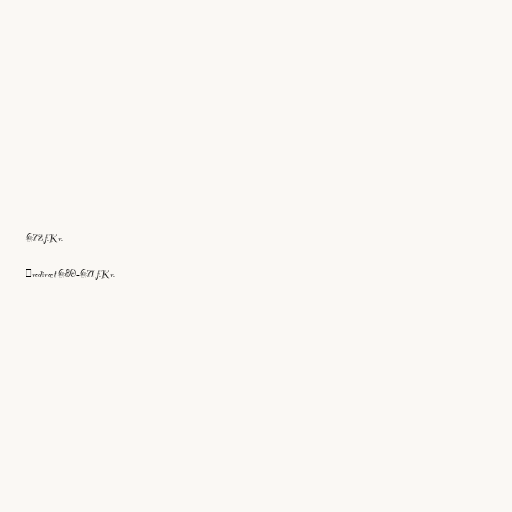
672 f.Kr.

#redirect 680–671 f.Kr.